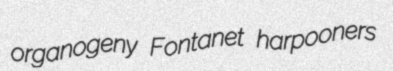
organogeny Fontanet harpooners